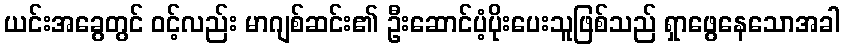
ယင်းအခွေတွင် ၀င့်လည်း မာဂျစ်ဆင်း၏ ဦးဆောင်ပံ့ပိုးပေးသူဖြစ်သည် ရှာဖွေနေသောအခါ